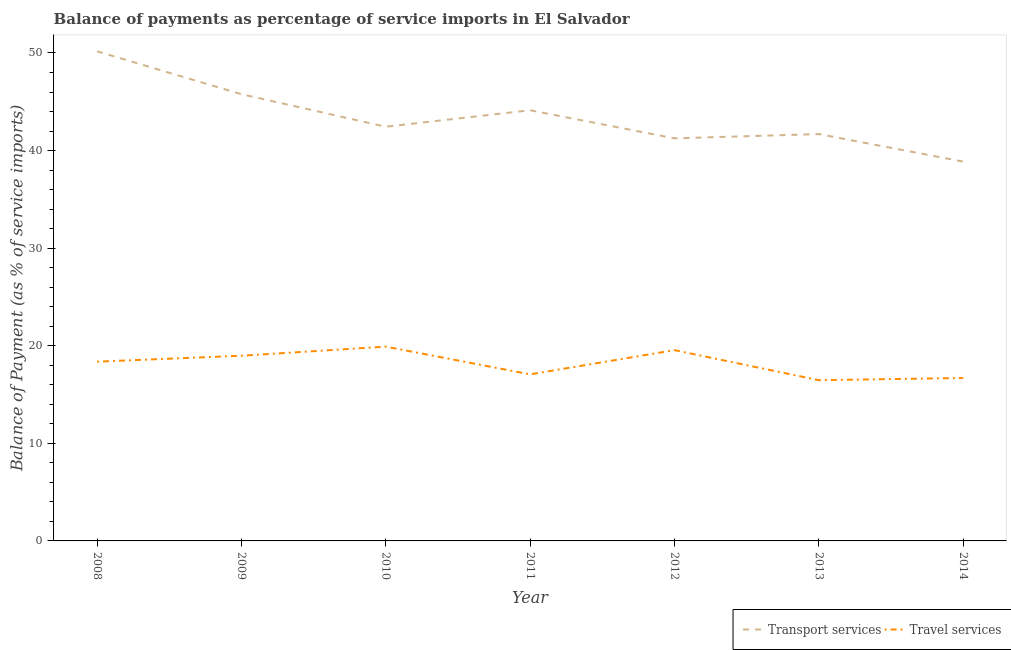
| Year | Transport services | Travel services |
 | --- | --- | --- |
 | 2008 | 50.2 | 18.4 |
 | 2009 | 45.8 | 19 |
 | 2010 | 42.4 | 19.9 |
 | 2011 | 44.1 | 17.1 |
 | 2012 | 41.3 | 19.5 |
 | 2013 | 41.7 | 16.5 |
 | 2014 | 38.9 | 16.7 |